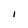
Character: l